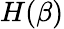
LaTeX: H(\beta)